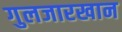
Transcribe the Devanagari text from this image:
गुलजारखान